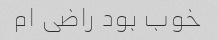
خوب بود راضی ام